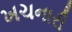
ખચનારી